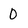
Character: 0